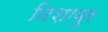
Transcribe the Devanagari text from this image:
निशाबुर